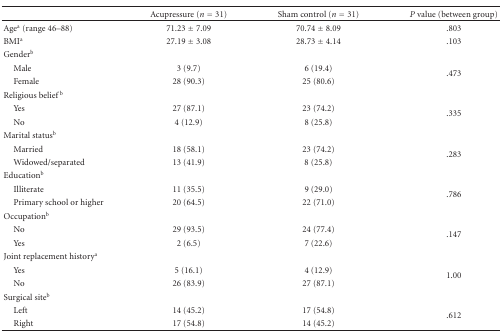
<table><thead><tr><td></td><td><b>Acupressure (<i>n</i> = 31)</b></td><td><b>Sham control (<i>n</i> = 31)</b></td><td><b><i>P</i> value (between group)</b></td></tr></thead><tbody><tr><td>Age<sup>a </sup> (range 46–88)</td><td>71.23 ± 7.09</td><td>70.74 ± 8.09</td><td>.803</td></tr><tr><td>BMI<sup>a</sup></td><td>27.19 ± 3.08</td><td>28.73 ± 4.14</td><td>.103</td></tr><tr><td>Gender<sup>b</sup></td><td></td><td></td><td></td></tr><tr><td> Male</td><td>3 (9.7)</td><td>6 (19.4)</td><td rowspan="2">.473</td></tr><tr><td>Female</td><td>28 (90.3)</td><td>25 (80.6)</td></tr><tr><td>Religious belief <sup>b</sup></td><td></td><td></td><td></td></tr><tr><td> Yes</td><td>27 (87.1)</td><td>23 (74.2)</td><td rowspan="2">.335</td></tr><tr><td>No</td><td>4 (12.9)</td><td>8 (25.8)</td></tr><tr><td>Marital status<sup>b</sup></td><td></td><td></td><td></td></tr><tr><td>Married</td><td>18 (58.1)</td><td>23 (74.2)</td><td rowspan="2">.283</td></tr><tr><td>Widowed/separated</td><td>13 (41.9)</td><td>8 (25.8)</td></tr><tr><td>Education<sup>b</sup></td><td></td><td></td><td></td></tr><tr><td>Illiterate</td><td>11 (35.5)</td><td>9 (29.0)</td><td rowspan="2">.786</td></tr><tr><td>Primary school or higher</td><td>20 (64.5)</td><td>22 (71.0)</td></tr><tr><td>Occupation<sup>b</sup></td><td></td><td></td><td></td></tr><tr><td>No</td><td>29 (93.5)</td><td>24 (77.4)</td><td rowspan="2">.147</td></tr><tr><td>Yes</td><td>2 (6.5)</td><td>7 (22.6)</td></tr><tr><td>Joint replacement history<sup>a</sup></td><td></td><td></td><td></td></tr><tr><td>Yes</td><td>5 (16.1)</td><td>4 (12.9)</td><td rowspan="2">1.00</td></tr><tr><td>No</td><td>26 (83.9)</td><td>27 (87.1)</td></tr><tr><td>Surgical site<sup>b</sup></td><td></td><td></td><td></td></tr><tr><td> Left</td><td>14 (45.2)</td><td>17 (54.8)</td><td rowspan="2">.612</td></tr><tr><td> Right</td><td>17 (54.8)</td><td>14 (45.2)</td></tr></tbody></table>